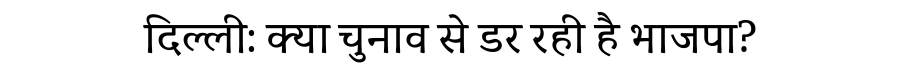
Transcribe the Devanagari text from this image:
दिल्ली: क्या चुनाव से डर रही है भाजपा?